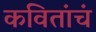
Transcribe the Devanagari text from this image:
कवितांचं